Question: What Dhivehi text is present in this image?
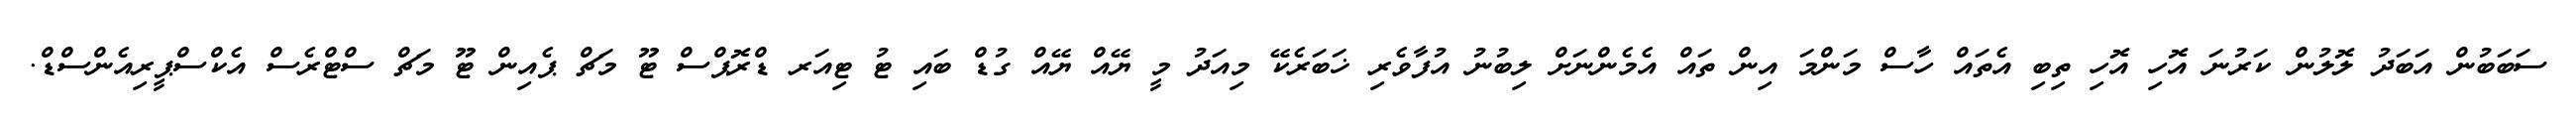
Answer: ސަބަބުން އަބަދު ލޮލުން ކަރުނަ އޮހި އޮހި ތިބި އެތައް ހާސް މަންމަ އިން ތައް އެމެންނަށް ލިބުނު އުފާވެރި ޚަބަރެކޭ މިއަދު މީ ޔޭއް ޔޭއް ގުޑް ބައި ޓު ޓިއަރ ޑްރޮޕްސް ޓޫ މަޗް ޕެއިން ޓޫ މަޗް ސްޓްރެސް އެކްސްޕީރިއެންސްޑް.